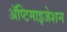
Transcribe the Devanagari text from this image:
ॲप्टिमाइजेशन